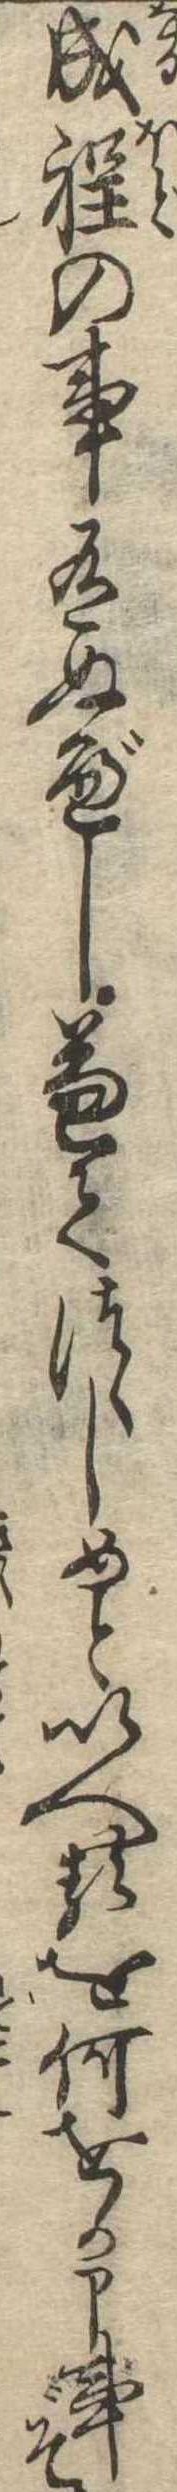
成程の事有ぬべし兼てつゝしめといへるを何をか申事ぞ